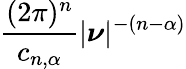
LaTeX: {\frac{(2\pi)^{n}}{c_{n,\alpha}}}|{\boldsymbol{\nu}}|^{-(n-\alpha)}